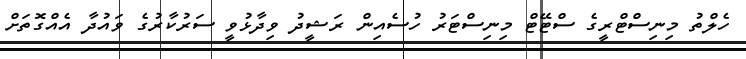
ހެލްތު މިނިސްޓްރީގެ ސްޓޭޓް މިނިސްޓަރު ހުސެއިން ރަޝީދު ވިދާޅުވީ ސަރުކާރުގެ ވައުދާ އެއްގޮތަށް